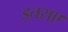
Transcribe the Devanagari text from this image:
इतराए